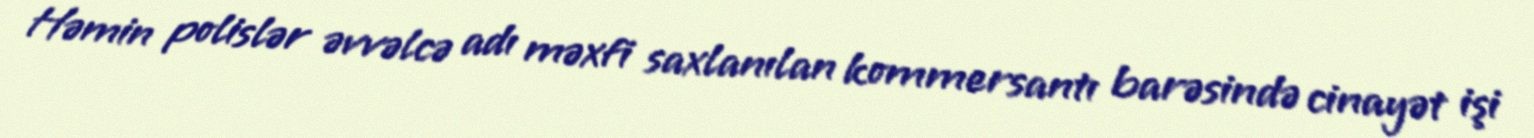
Həmin polislər əvvəlcə adı məxfi saxlanılan kommersantı barəsində cinayət işi